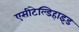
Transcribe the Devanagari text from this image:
एसीटेल्डिहाइड